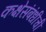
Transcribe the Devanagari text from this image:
कक्षेसंबंधीची